Annual administration report of the Civil Veterinary Department of India - 1897-1898
Year: 1897
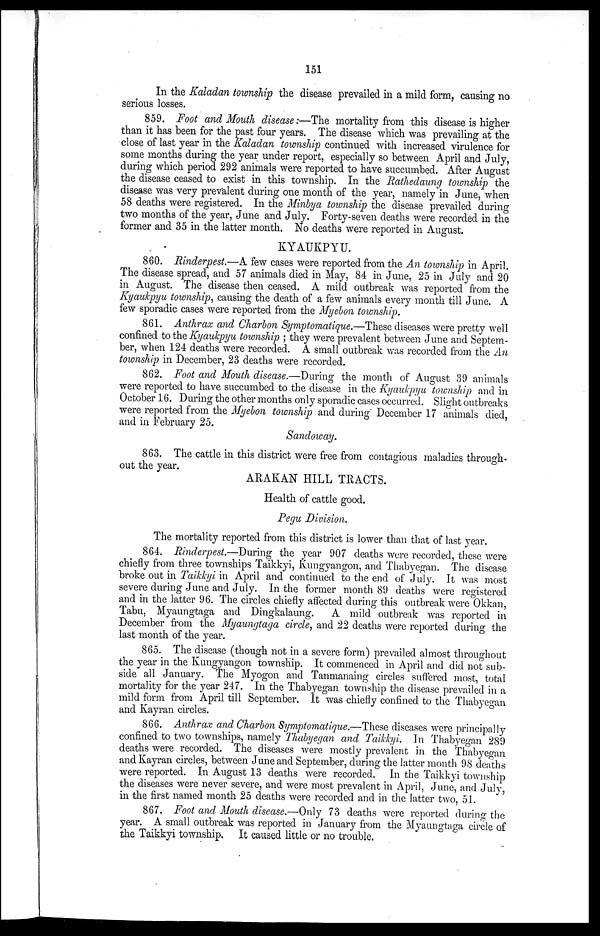
151
In the Kaladan township the disease prevailed in a mild form, causing no
serious losses.
859. Foot and Mouth disease:—The mortality from this disease is higher
than it has been for the past four years. The disease which was prevailing at the
close of last year in the Kaladan township continued with increased virulence for
some months during the year under report, especially so between April and July,
during which period 292 animals were reported to have succumbed. After August
the disease ceased to exist in this township. In the Rathedaung township the
disease was very prevalent during one month of the year, namely in June, when
58 deaths were registered. In the Minbya township the disease prevailed during
two months of the year, June and July. Forty-seven deaths were recorded in the
former and 35 in the latter month. No deaths were reported in August.
KYAUKPYU.
860. Rinderpest.—A few cases were reported from the An township in April.
The disease spread, and 57 animals died in May, 84 in June, 25 in July and 20
in August. The disease then ceased. A mild outbreak was reported from the
Kyaukpyu township, causing the death of a few animals every month till June. A
few sporadic cases were reported from the Myebon township.
861. Anthrax and Charbon Symptomatique.—These diseases were pretty well
confined to the Kyaukpyu township; they were prevalent between June and Septem-
ber, when 124 deaths were recorded. A small outbreak was recorded from the An
township in December, 23 deaths were recorded.
862. Foot and Mouth disease.—During the month of August 39 animals
were reported to have succumbed to the disease in the Kyaukpyu township and in
October 16. During the other months only sporadic cases occurred. Slight outbreaks
were reported from the Myebon township and during December 17 animals died,
and in February 25.
Sandoway.
863. The cattle in this district were free from contagious maladies through-
out the year.
ARAKAN HILL TRACTS.
Health of cattle good.
Pegu Division.
The mortality reported from this district is lower than that of last year.
864. Rinderpest.—During the year 907 deaths were recorded, these were
chiefly from three townships Taikkyi, Kungyangon, and Thabyegan. The disease
broke out in Taikkyi in April and continued to the end of July. It was most
severe during June and July. In the former month 89 deaths were registered
and in the latter 96. The circles chiefly affected during this outbreak were Okkan,
Tabu, Myaungtaga and Dingkalaung.
A mild outbreak was reported in
December from the Myaungtaga circle, and 22 deaths were reported during the
last month of the year.
865. The disease (though not in a severe form) prevailed almost throughout
the year in the Kungyangon township. It commenced in April and did not sub-
side all January. The Myogon and Tanmanaing circles suffered most, total
mortality for the year 247. In the Thabyegan township the disease prevailed in a
mild form from April till September. It was chiefly confined to the Thabyegan
and Kayran circles.
866. Anthrax and Charbon Symptomatique.—These diseases were principally
confined to two townships, namely Thabyegan and Taikkyi. In Thabyegan 289
deaths were recorded. The diseases were mostly prevalent in the Thabyegan
and Kayran circles, between June and September, during the latter month 98 deaths
were reported. In August 13 deaths were recorded. In the Taikkyi township
the diseases were never severe, and were most prevalent in April, June, and July,
in the first named month 25 deaths were recorded and in the latter two, 51.
867. Foot and Mouth disease.—Only 73 deaths were reported during the
year. A small outbreak was reported in January from the Myaungtaga circle of
the Taikkyi township. It caused little or no trouble.